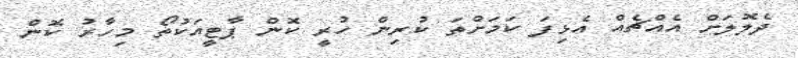
ދެލޮލަށް އެއްޗެއް އެޅިފަ ކަމަށްތަ ކުރިން ހުރީ ކޮން ޕާޓީއަކުތޯ މިހާރު ކޮން